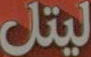
ليتل